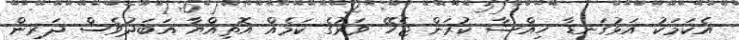
އެކަމަކު އަޅުގަނޑާ ހިއްސާ ކުރަން ޖެހޭ ވަރުގެ ކަމެއް އޮތިއްޔާ އަބަދުވެސް ދަރިން